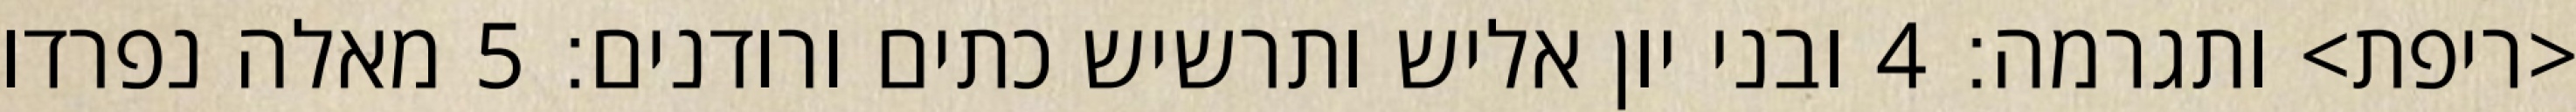
<ריפת> ותגרמה׃ ‎4‏ ובני יון אליש ותרשיש כתים ורודנים׃ ‎5‏ מאלה נפרדו